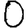
Digit: 0